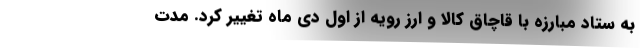
به ستاد مبارزه با قاچاق کالا و ارز رویه از اول دی ماه تغییر کرد. مدت